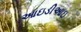
આઇડીઆઇ